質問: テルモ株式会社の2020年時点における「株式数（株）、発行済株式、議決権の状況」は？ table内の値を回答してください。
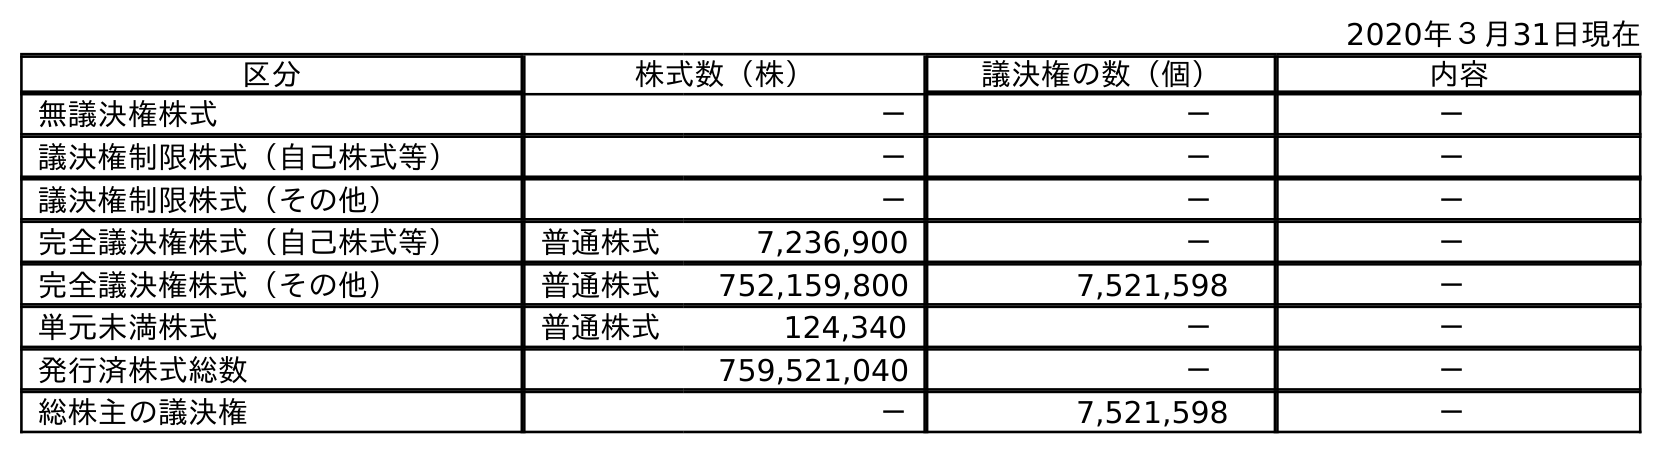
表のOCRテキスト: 2020年３月31日現在 区分 株式数（株） 議決権の数（個） 内容 無議決権株式 － － － 議決権制限株式（自己株式等） － － － 議決権制限株式（その他） － － － 完全議決権株式（自己株式等） 普通株式 7,236,900 － － 完全議決権株式（その他） 普通株式 752,159,800 7,521,598 － 単元未満株式 普通株式 124,340 － － 発行済株式総数 759,521,040 － － 総株主の議決権 － 7,521,598 －
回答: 759,521,040